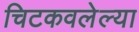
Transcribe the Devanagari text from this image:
चिटकवलेल्या